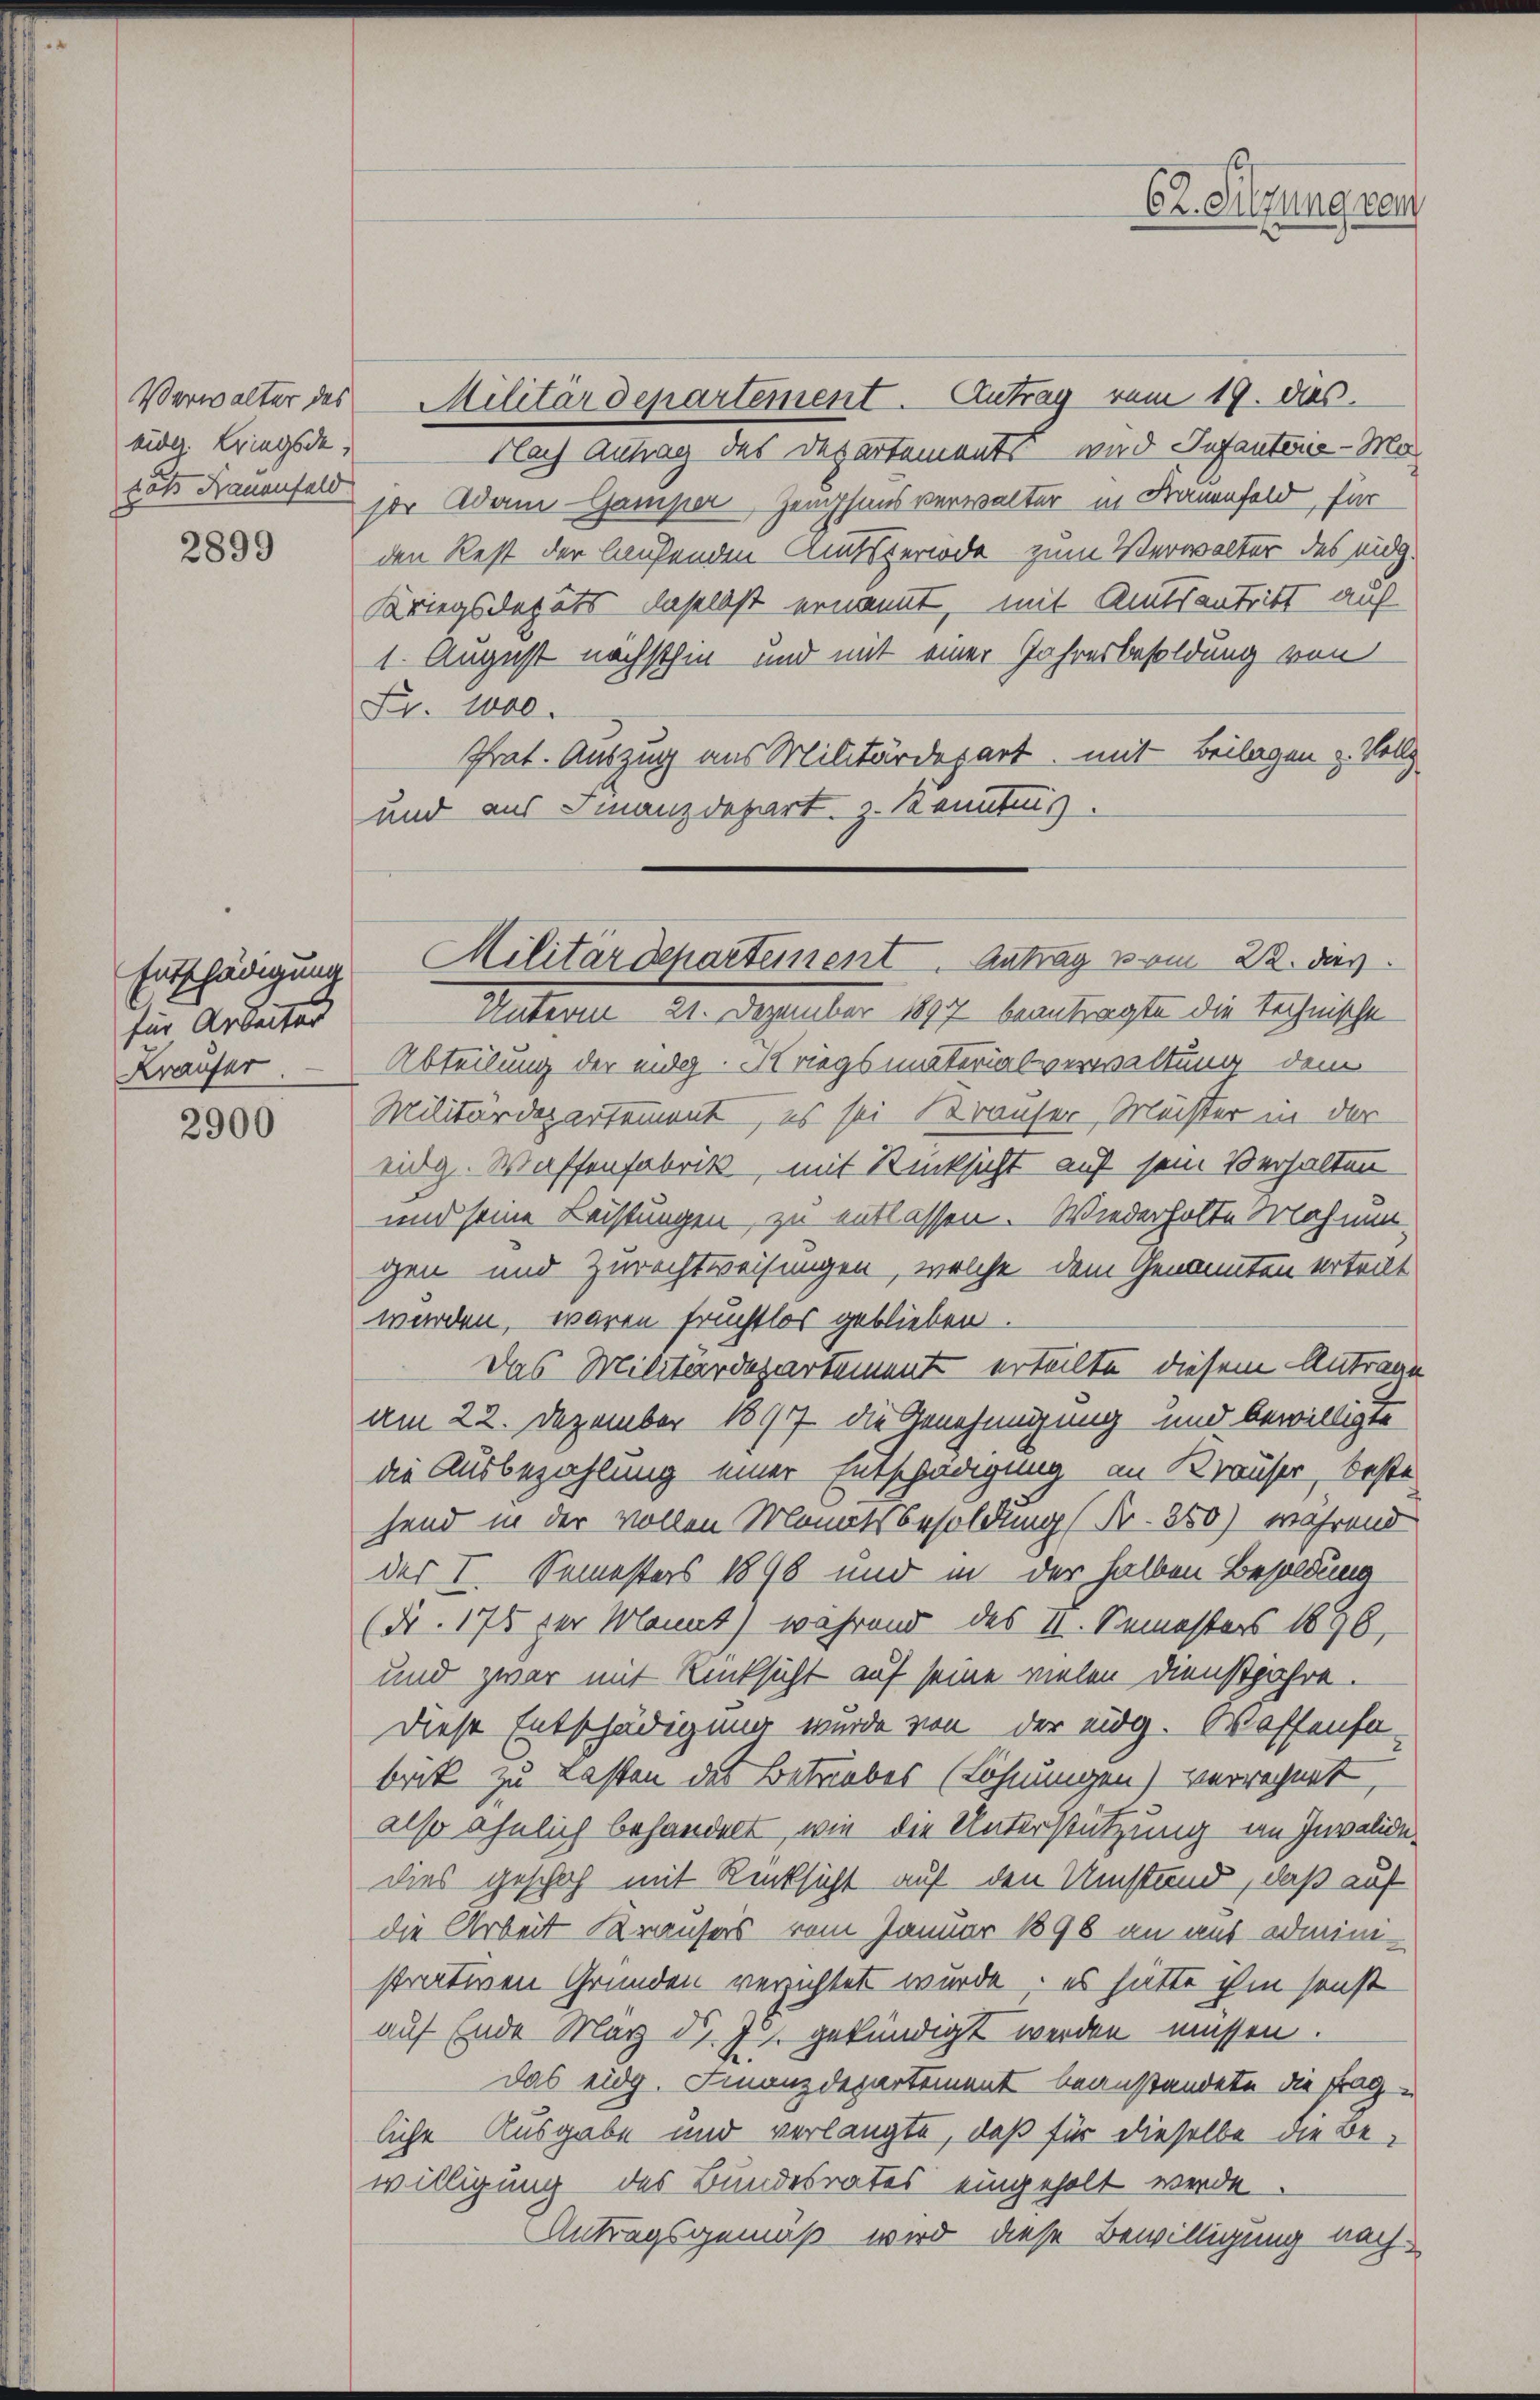
Verwalter des
eider Kriegsde
tats Hauenfeld

2899

Entschädigung
für Arbeiter
Kräufer.

2900

Militärdepartement. Antrag vom 19. dies
Flach Antrag des Departements wird Infantene - Mo
sor Adam Gamper, Zempheus verwalter in Frauenfeld, für
den Rest der laufenden Amtsperiode zum Verwalter des eidg.
Kriegsdeputs daselbst ernannt, mit Amtsantritt auf
1. August nächsthin und mit einer Jahresbesoldung von
Fr. 1000.
Prat. Auszug aus Militärdepart, mit Beilagen u. Vollz
und aus Finanzdepart, z. Kenntnis.
Unterm 21. Dezember 1897 beantragte die Technische
Abteilung der eidg. Kriegsmaterialverwaltung dem
Militärdepartement, es sei Brauser, Muster in der
eidg. Waffenfabrik, mit Rücksicht auf sein Verhalten
und seine Leistungen zu entlassen. Wiederholte Nahmengen und Zurechtweisungen, welche dem Genannten erteilt
wurden, waren fruchtlos geblieben.
Das Militärdepartement erteilte diesem Antrage
am 22. Dezember 1897 die Genehmigung und bewilligte
die Ausbezahlung einer Entschädigung an Krauser, beste
hend in der vollen Monatsbesoldung (Fr. 350) während
der I. Semesters 1898 und in der halben Besoldung
(Nr. 175 der Mannt) während des II. Semesters 1896,
und zwar mit Rücksicht auf seine vielen Dienstjahre.
Diese Entschädigung wurde von der eidg. Waffenso-
brik zu Lasten des Betriebes (Löhnungen) verrechnet,
also ähnlich behandelt, wie die Unterstützung im Invalidedies geschah mit Rücksicht auf den Umstand, daß auf
die Arbeit Krausers vom Januar 1898 an aus administrativen Gründen verzichtet wurde, es hätte ihm sonst
auf Ende März d. Js. gekündigt werden müssen.
Das eidg. Finanzdepartement beanstandete die Fragliche Ausgabe und verlangte, daß für dieselbe die Be-
willigung des Bundesrates eingeholt werde.
Antragsgemäß wird diese Bewilligung nach

Militärdeparteinent. Antrag vom 22. das

62. Sitzung sei